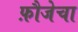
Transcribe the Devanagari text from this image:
फ़ौजेचा